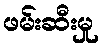
ဖမ်းဆီးမှု